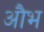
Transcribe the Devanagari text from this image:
औभ